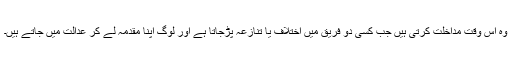
وہ اس وقت مداخلت کرتی ہیں جب کسی دو فریق میں اختلاف یا تنازعہ پڑجاتا ہے اور لوگ اپنا مقدمہ لے کر عدالت میں جاتے ہیں۔